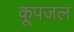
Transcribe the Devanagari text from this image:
कूपजल